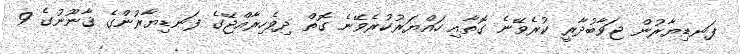
ފަނޑިޔާރުން ޖަވާބުދާރީ ކުރެވޭނެ ގޮތާއި ހައްޔަރުކުރެވޭނެ ގޮތް ދިވެހިރާއްޖޭގެ ފަނޑިޔާރުންގެ ޤާނޫނުގެ 9